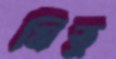
মিতু